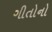
ગીતોનો